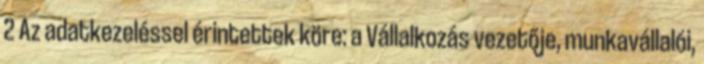
2 Az adatkezeléssel érintettek köre: a Vállalkozás vezetője, munkavállalói,